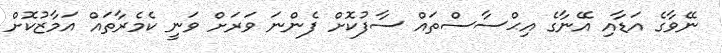
ނޭވާގެ އަޑާއި އޭނާގެ އިޙްސާސްތައް ސާފުކޮށް ފެންނަ ވަރަށް ވަނީ ކެމެރާތައް އަމާޒުކޮށް